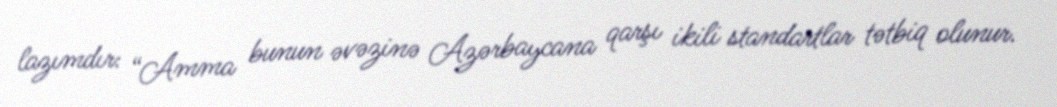
lazımdır: “Amma bunun əvəzinə Azərbaycana qarşı ikili standartlar tətbiq olunur.